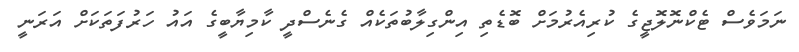
ނަމަވެސް ޓެކްނޮލޮޖީގެ ކުރިއެރުމަށް ބޮޑެތި އިންގިލާބުތަކެއް ގެނެސްދީ ކާމިޔާބީގެ އައު ހަރުފަތަކަށް އަރަނީ